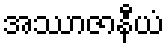
အဿာဇာနီယံ